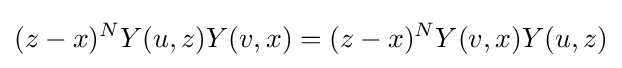
(z-x)^{N}Y(u,z)Y(v,x)=(z-x)^{N}Y(v,x)Y(u,z)